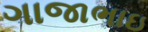
ગાજાભાઇ